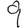
Digit: 9